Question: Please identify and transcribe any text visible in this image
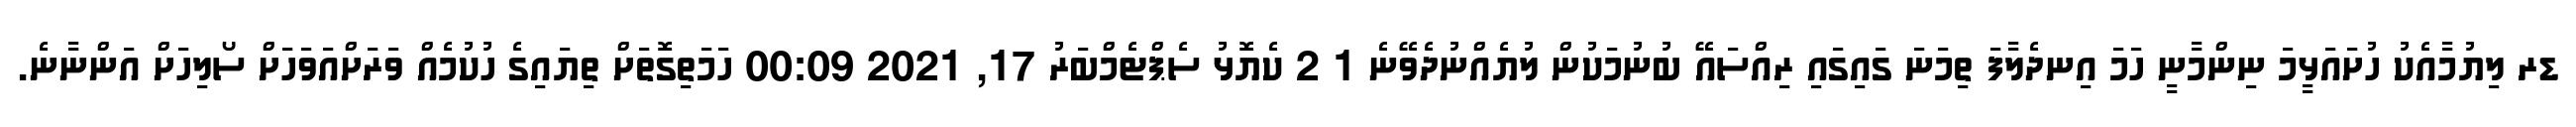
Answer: ޑރ ލިޔުމާއެކު ހުށައަޅީމަ ނިންމާނީ ހަމަ އިނދެލާފަ ތިމަނަ ގައިގައި ރިއްސައޭ ބުނުމަކުން ލުޔެއްނުދެވޭނެ 1 2 ކެޔޮޅު ސެޕްޓެމްބަރު 17, 2021 00:09 ހަމަތިގޮތަށް ތިޔައިގެ ހުކުމެއް ވަރަށްއަވަހަށް ސޯލިހަށް އަންނާނެ.